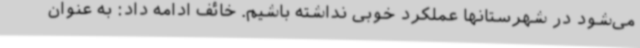
می‌شود در شهرستانها عملکرد خوبی نداشته باشیم. خائف ادامه داد: به عنوان